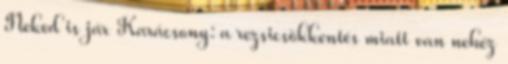
Neked is jár Karácsony: a rezsicsökkentés miatt van nehéz